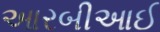
આરબીઆઈ